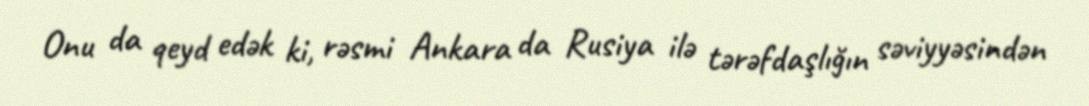
Onu da qeyd edək ki, rəsmi Ankara da Rusiya ilə tərəfdaşlığın səviyyəsindən